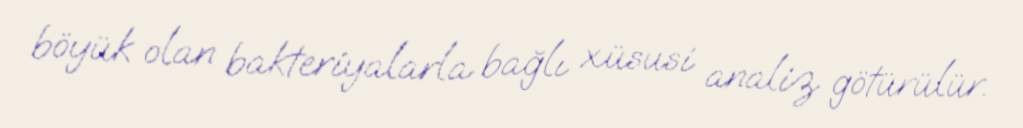
böyük olan bakteriyalarla bağlı xüsusi analiz götürülür.